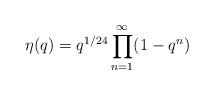
LaTeX: \begin{align*}\eta(q)=q^{1/24}\prod_{n=1}^\infty(1-q^n)\end{align*}